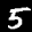
Label: 5